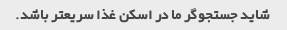
شاید جستجوگر ما در اسکن غذا سریعتر باشد.